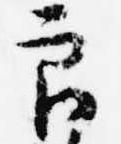
良